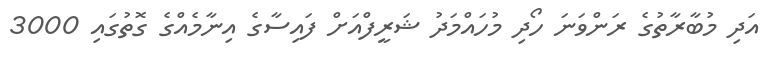
އަދި މުބާރާތުގެ ރަންވަނަ ހޯދި މުހައްމަދު ޝަރީފްއަށް ފައިސާގެ އިނާމެއްގެ ގޮތުގައި 3000